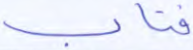
فتاب